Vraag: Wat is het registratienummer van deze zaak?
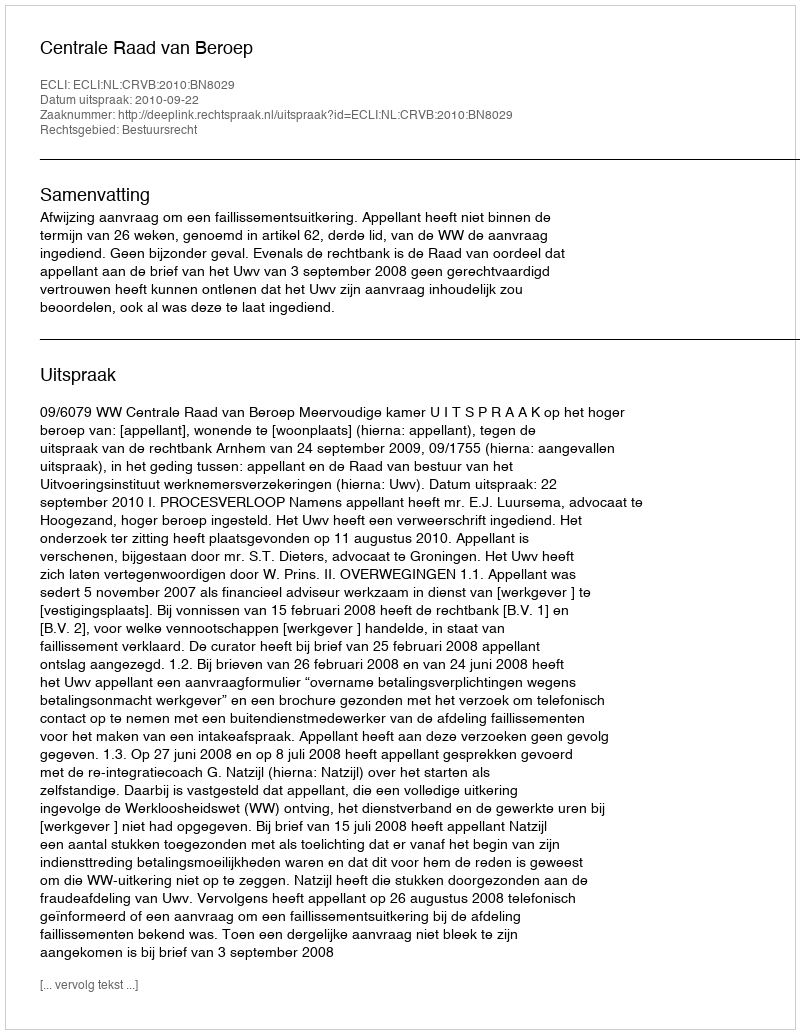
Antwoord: http://deeplink.rechtspraak.nl/uitspraak?id=ECLI:NL:CRVB:2010:BN8029